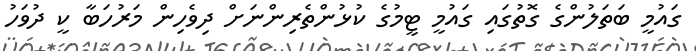
ގައުމީ ބަތަލުންގެ ގޮތުގައި ގައުމީ ޓީމުގެ ކުޅުންތެރިންނަށް ދިވެހިން މަރުހަބާ ކީ ދުވަހު